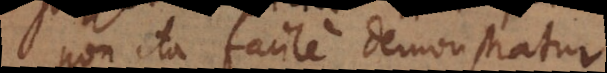
non ita facile demonstratur.